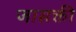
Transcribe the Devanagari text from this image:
जासक्ती